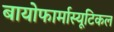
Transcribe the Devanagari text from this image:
बायोफार्मास्यूटिकल